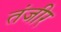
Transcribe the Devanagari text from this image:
तंजीर